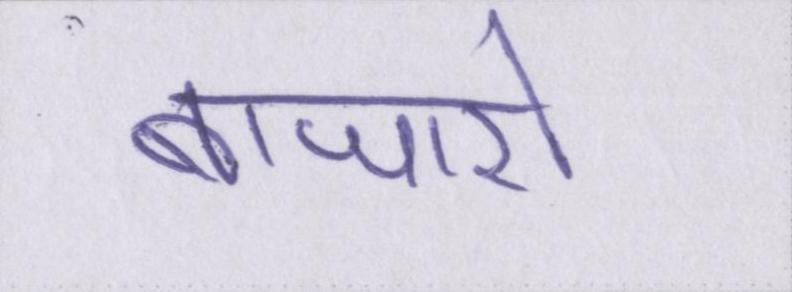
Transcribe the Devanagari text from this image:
बाजारों